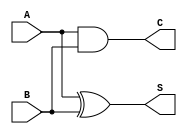
module half_adder (
    input wire A,    // First operand
    input wire B,    // Second operand
    output wire S,   // Sum output
    output wire C    // Carry output
);

    // Sum is A XOR B
    assign S = A ^ B;

    // Carry is A AND B
    assign C = A & B;

endmodule